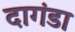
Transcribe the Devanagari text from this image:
दागंडा